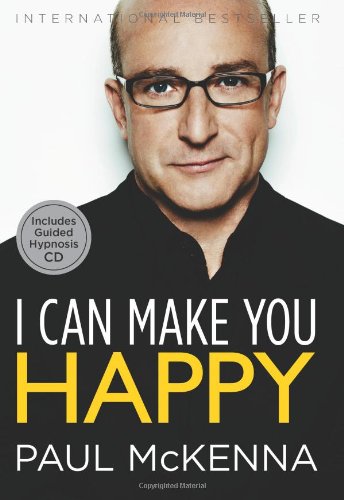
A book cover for I Can Make You Happy; Paul McKenna; Health, Fitness & Dieting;